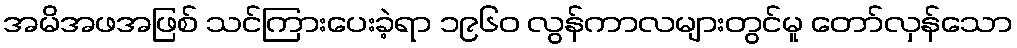
အမိအဖအဖြစ် သင်ကြားပေးခဲ့ရာ ၁၉၆၀ လွန်ကာလများတွင်မူ တော်လှန်သော